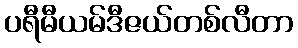
ပရီမီယမ်ဒီဇယ်တစ်လီတာ